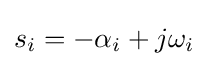
s_{i}=-\alpha _{i}+j\omega _{i}